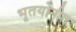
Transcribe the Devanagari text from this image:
भूतयोनीत